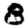
Digit: 8